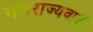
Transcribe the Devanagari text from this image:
गणराज्यवादीं